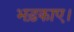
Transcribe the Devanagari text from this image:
भड़काए।